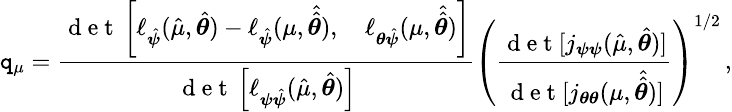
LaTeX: \small\mathtt{q}_{\mu}=\frac{{\mathrm{{~d~e~t~}}\left[\ell_{\hat{{\boldsymbol{\psi}}}}(\hat{{\mu}},\hat{{\boldsymbol{\theta}}})-\ell_{\hat{{\boldsymbol{\psi}}}}(\mu,\hat{{\hat{{\boldsymbol{\theta}}}}}),\quad\ell_{\boldsymbol{\theta}\hat{{\boldsymbol{\psi}}}}(\mu,\hat{{\hat{{\boldsymbol{\theta}}}}})\right]}}{{\mathrm{{~d~e~t~}}\left[\ell_{\boldsymbol{\psi}\hat{{\boldsymbol{\psi}}}}(\hat{{\mu}},\hat{{\boldsymbol{\theta}}})\right]}}\left(\frac{{\mathrm{{~d~e~t~}}[j_{\boldsymbol{\psi}\boldsymbol{\psi}}(\hat{{\mu}},\hat{{\boldsymbol{\theta}}})]}}{{\mathrm{{~d~e~t~}}[j_{\boldsymbol{\theta}\boldsymbol{\theta}}(\mu,\hat{{\hat{{\boldsymbol{\theta}}}}})]}}\right)^{1/2}\, ,